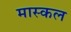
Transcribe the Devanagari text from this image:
मास्कल